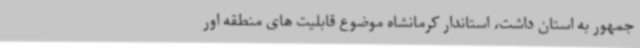
جمهور به استان داشت، استاندار کرمانشاه موضوع قابلیت های منطقه اور